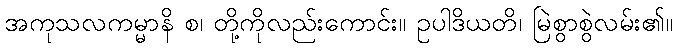
အကုသလကမ္မာနိ စ၊ တို့ကိုလည်းကောင်း။ ဥပါဒိယတိ၊ မြဲစွာစွဲလမ်း၏။